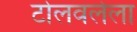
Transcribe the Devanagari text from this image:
टोलवलेला